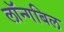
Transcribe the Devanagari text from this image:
लॉन्गबिल